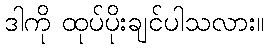
ဒါကို ထုပ်ပိုးချင်ပါသလား။